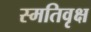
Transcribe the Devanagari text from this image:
स्मतिवृक्ष